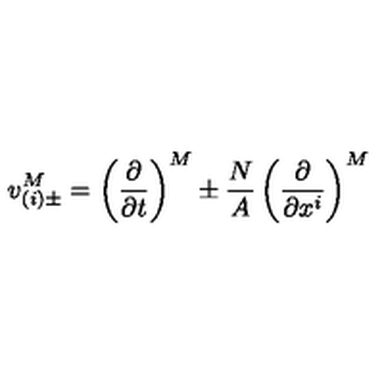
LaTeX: v _ { ( i ) \pm } ^ { M } = \left( \frac { \partial } { \partial t } \right) ^ { M } \pm \frac { N } { A } \left( \frac { \partial } { \partial x ^ { i } } \right) ^ { M }